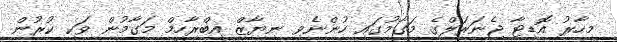
މިހާރު އޮޑިޓާ ޖެނަރަލްގެ މަގާމުގައި ހުންނެވި ނިޔާޒް އިބްރާހީމް މަގާމުން ވަކި ކުރުން